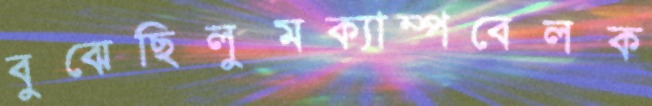
বুঝেছিলুমক্যাম্পবেলক